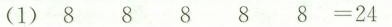
(1)8 8 8 8 8=24